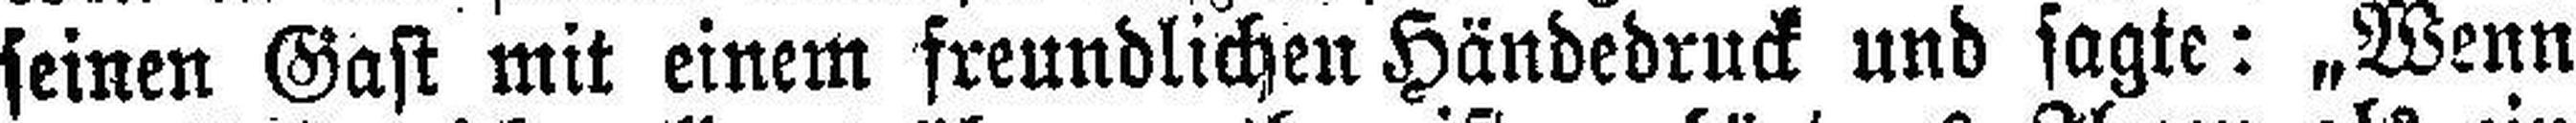
seinen Gast mit einem freundlichen Händedruck und sagte: „Wenn